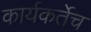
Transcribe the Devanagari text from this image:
कार्यकर्तेच